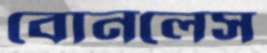
বোনলেস